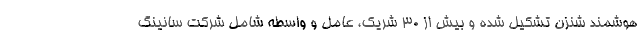
هوشمند شنزن تشکیل شده و بیش از ۳۰ شریک، عامل و واسطه شامل شرکت سانینگ